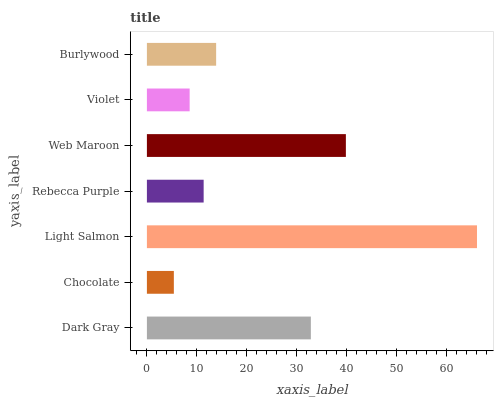
| yaxis_label | bars |
 | --- | --- |
 | Dark Gray | 32.8 |
 | Chocolate | 5.39 |
 | Light Salmon | 66 |
 | Rebecca Purple | 11.4 |
 | Web Maroon | 39.8 |
 | Violet | 8.55 |
 | Burlywood | 13.9 |